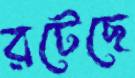
রটেছে